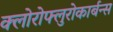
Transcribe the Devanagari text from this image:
क्लोरोफ्लुरोकार्बन्स